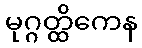
မုဂ္ဂတ္ထိကေန